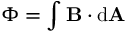
\Phi = \int \mathbf { B } \cdot \mathrm { d } \mathbf { A }